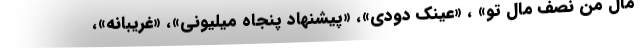
مال من نصف مال تو» ، «عینک دودی»، «پیشنهاد پنجاه میلیونی»، «غریبانه»،